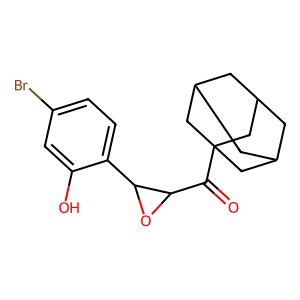
SMILES: O=C(C1OC1c1ccc(Br)cc1O)C12CC3CC(CC(C3)C1)C2
Inhibits HIV replication: No